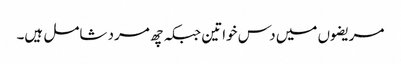
مریضوں میں دس خواتین جبکہ چھ مرد شامل ہیں۔